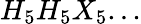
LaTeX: H_{5}H_{5}X_{5}...